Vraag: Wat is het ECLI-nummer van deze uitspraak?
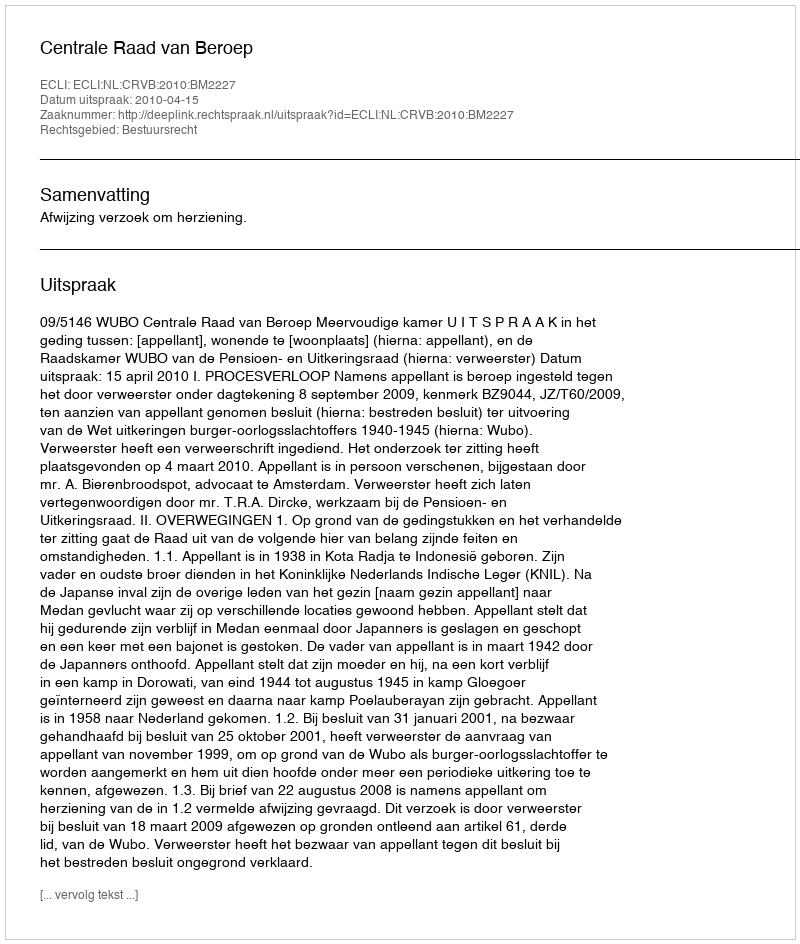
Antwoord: ECLI:NL:CRVB:2010:BM2227